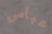
عباس